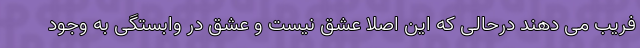
فریب می دهند درحالی که این اصلا عشق نیست و عشق در وابستگی به وجود